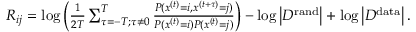
\begin{array} { r } { R _ { i j } = \log \left( \frac { 1 } { 2 T } \sum _ { \tau = - T ; \tau \neq 0 } ^ { T } \frac { P ( x ^ { ( t ) } = i , x ^ { ( t + \tau ) } = j ) } { P ( x ^ { ( t ) } = i ) P ( x ^ { ( t ) } = j ) } \right) - \log \left| { \cal D } ^ { \mathrm { r a n d } } \right| + \log \left| { \cal D } ^ { \mathrm { d a t a } } \right| . } \end{array}